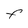
Character: F